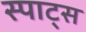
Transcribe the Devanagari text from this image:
स्पाट्स